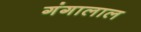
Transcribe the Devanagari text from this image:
गंगालाल